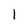
Character: 1